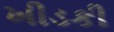
ખીડકી